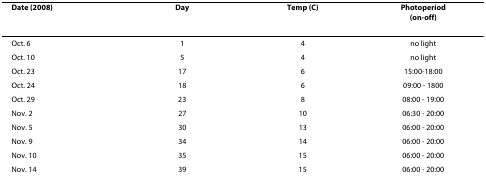
<table><thead><tr><td><b>Date (2008)</b></td><td><b>Day</b></td><td><b>Temp (C)</b></td><td><b>Photoperiod(on-off)</b></td></tr></thead><tbody><tr><td>Oct. 6</td><td>1</td><td>4</td><td>no light</td></tr><tr><td>Oct. 10</td><td>5</td><td>4</td><td>no light</td></tr><tr><td>Oct. 23</td><td>17</td><td>6</td><td>15:00-18:00</td></tr><tr><td>Oct. 24</td><td>18</td><td>6</td><td>09:00 - 1800</td></tr><tr><td>Oct. 29</td><td>23</td><td>8</td><td>08:00 - 19:00</td></tr><tr><td>Nov. 2</td><td>27</td><td>10</td><td>06:30 - 20:00</td></tr><tr><td>Nov. 5</td><td>30</td><td>13</td><td>06:00 - 20:00</td></tr><tr><td>Nov. 9</td><td>34</td><td>14</td><td>06:00 - 20:00</td></tr><tr><td>Nov. 10</td><td>35</td><td>15</td><td>06:00 - 20:00</td></tr><tr><td>Nov. 14</td><td>39</td><td>15</td><td>06:00 - 20:00</td></tr></tbody></table>